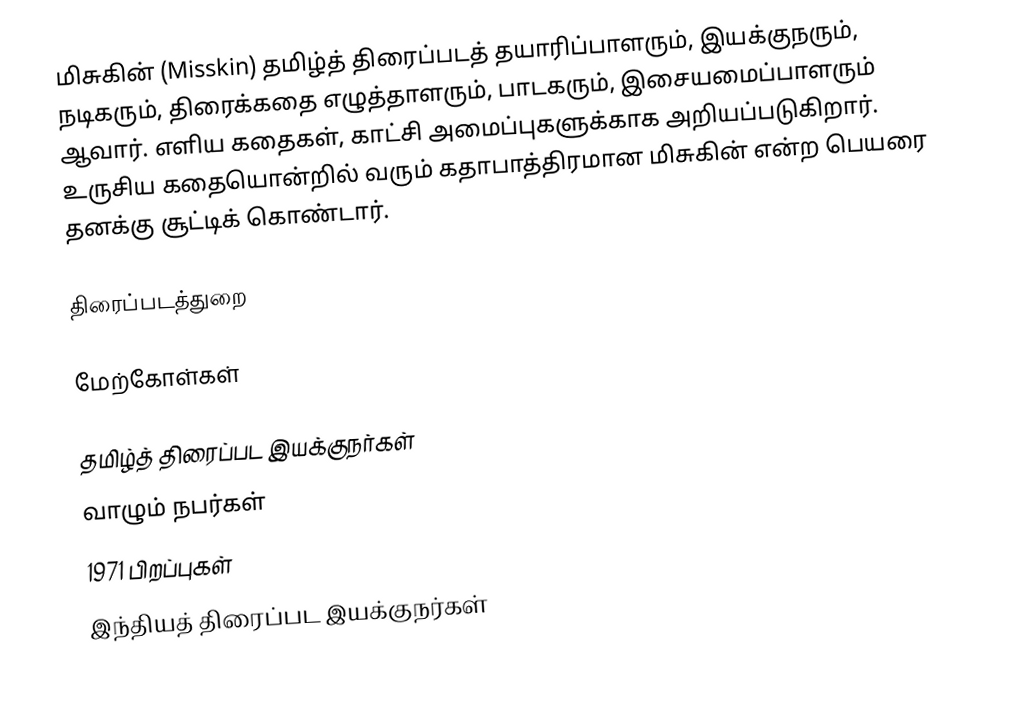
மிசுகின் (Misskin) தமிழ்த் திரைப்படத் தயாரிப்பாளரும், இயக்குநரும், நடிகரும், திரைக்கதை எழுத்தாளரும், பாடகரும், இசையமைப்பாளரும் ஆவார். எளிய கதைகள், காட்சி அமைப்புகளுக்காக அறியப்படுகிறார். உருசிய கதையொன்றில் வரும் கதாபாத்திரமான மிசுகின் என்ற பெயரை தனக்கு சூட்டிக் கொண்டார்.

திரைப்படத்துறை

மேற்கோள்கள்

தமிழ்த் திரைப்பட இயக்குநர்கள்
வாழும் நபர்கள்
1971 பிறப்புகள்
இந்தியத் திரைப்பட இயக்குநர்கள்